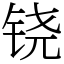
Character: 铙